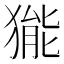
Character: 𤠗